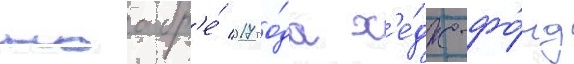
ноабр'е́ 2017 го́да х'е́дж-фо́нд